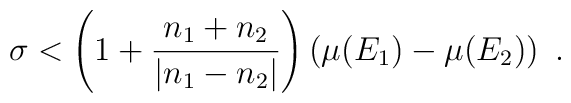
\sigma < \left(1+ \frac{n_1+n_2}{|n_1-n_2|}\right)\left(\mu(E_{1})- \mu(E_{2})\right) \ .